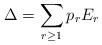
LaTeX: \begin{align*}\Delta = \sum_{r \geq 1} p_r E_r \end{align*}